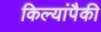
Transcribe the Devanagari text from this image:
किल्यांपैकी